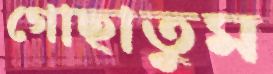
গোছাতুম